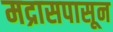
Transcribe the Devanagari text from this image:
मद्रासपासून